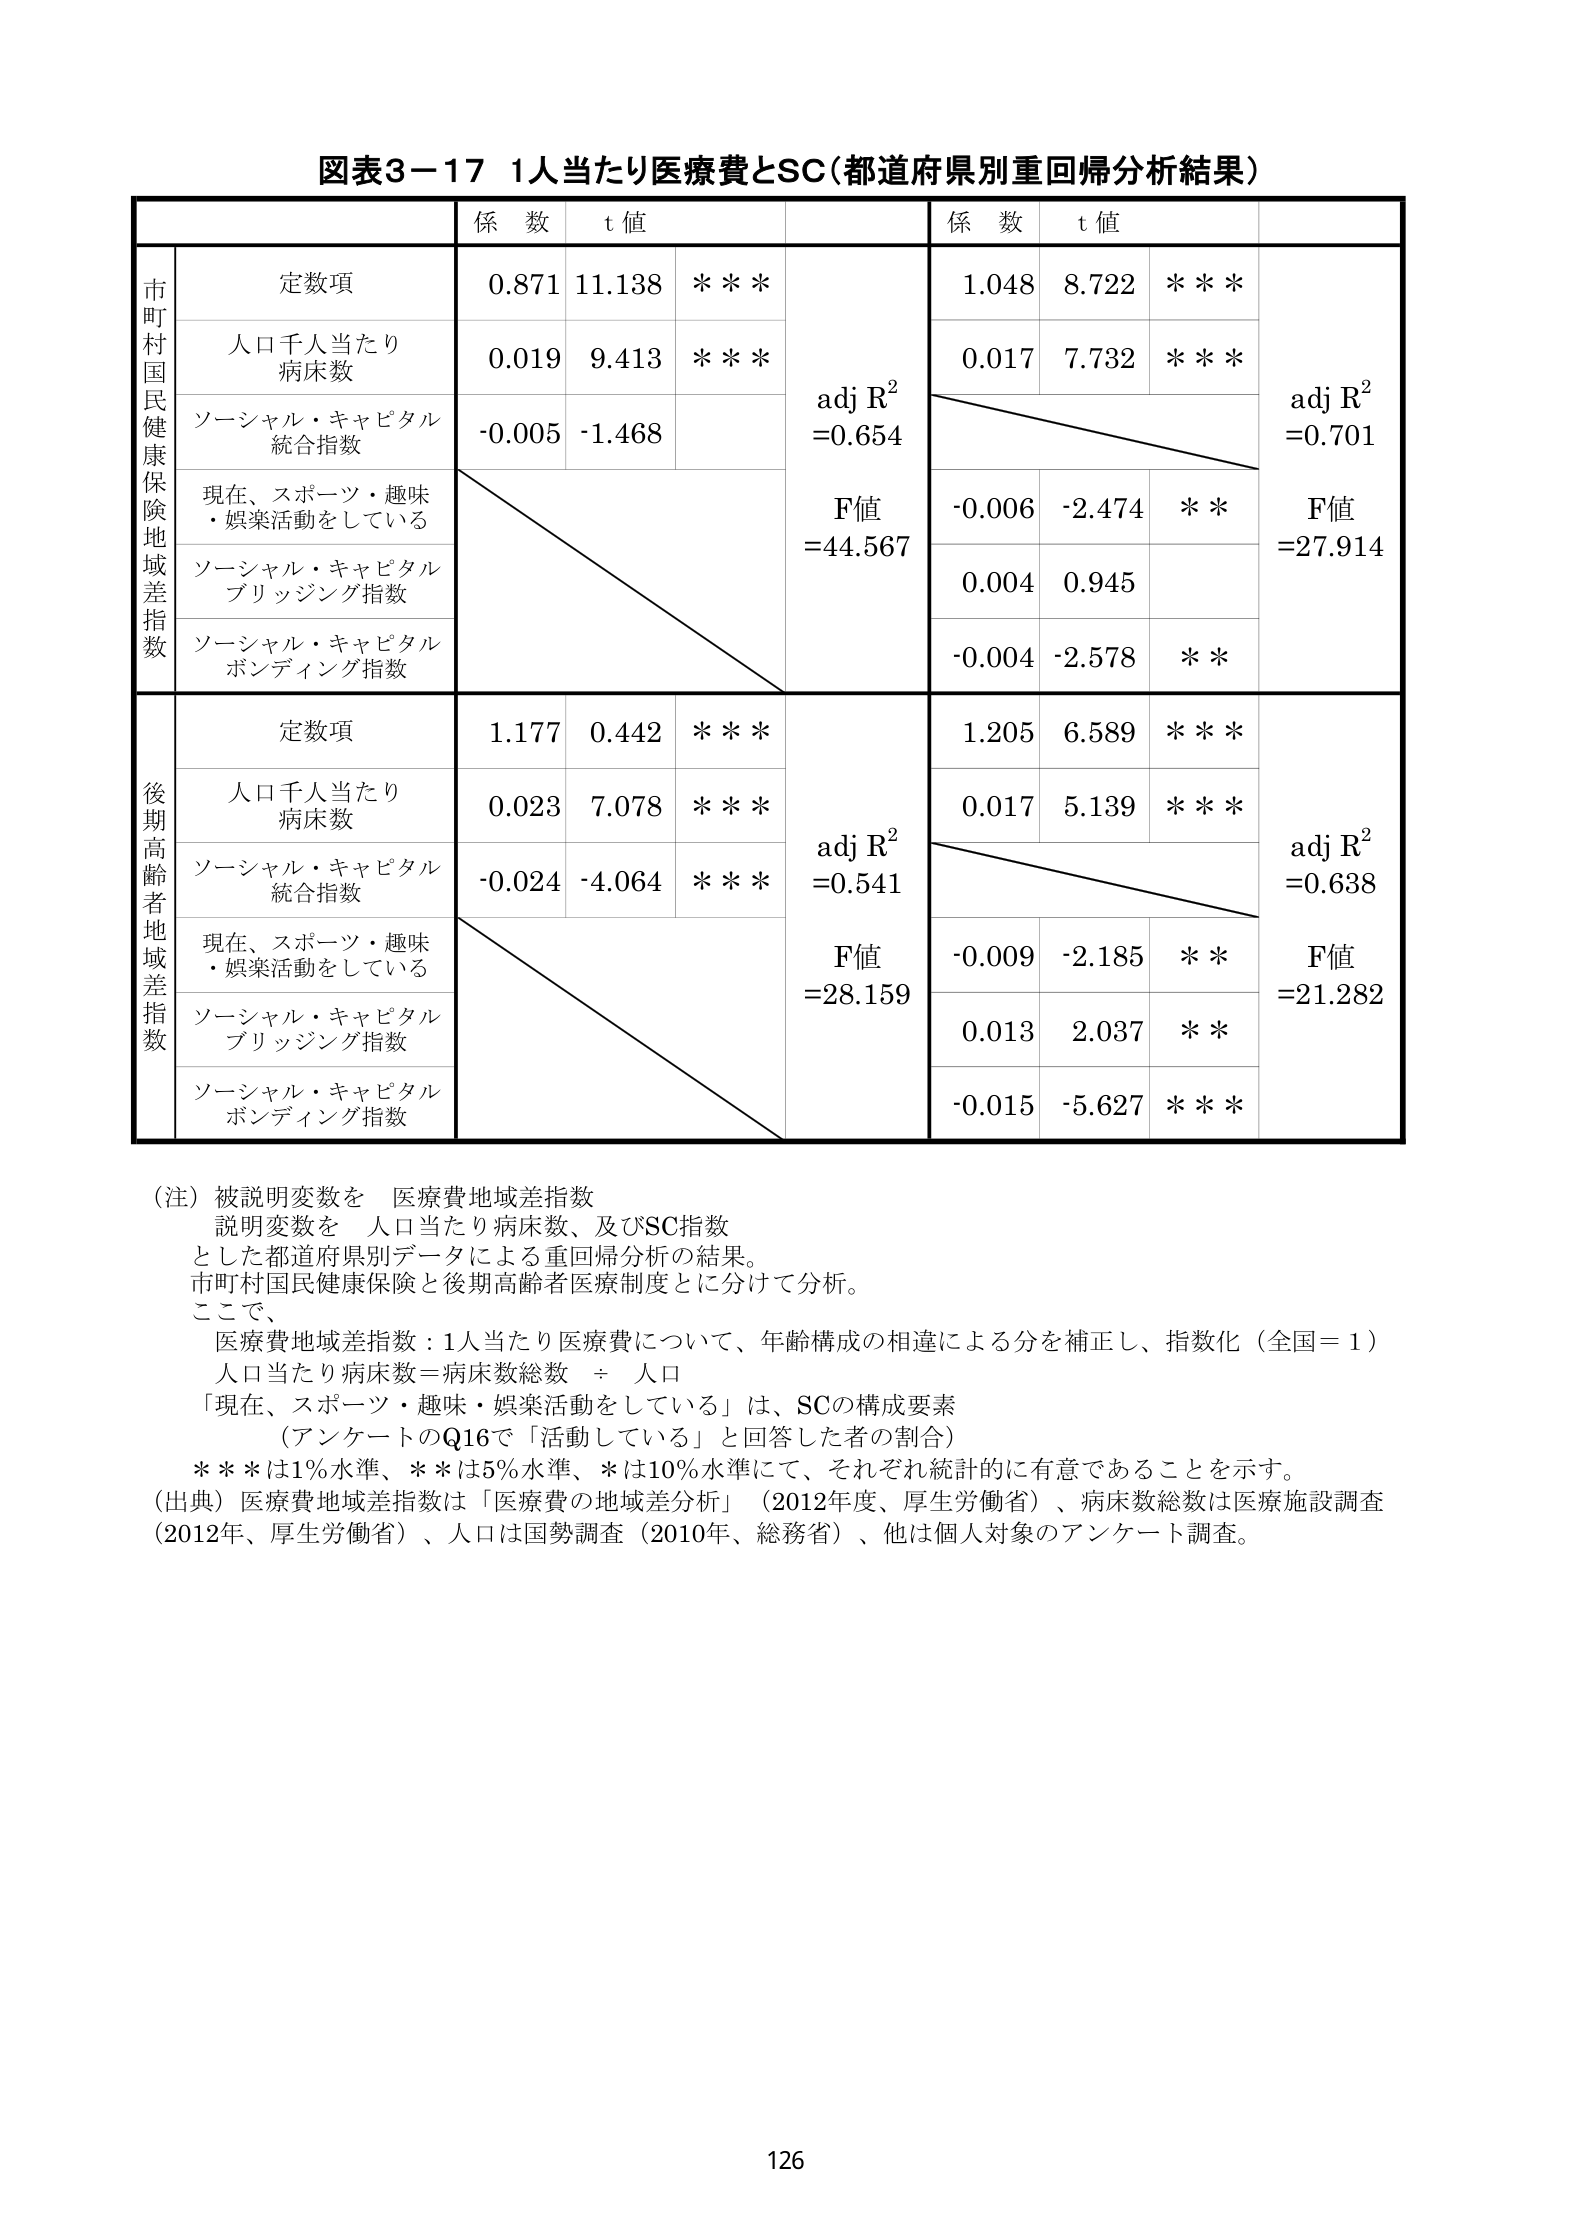
図表3－17 1人当たり医療費とSC（都道府県別重回帰分析結果）

市町村国民健康保険地域差指数
定数項
0.871 11.138 ＊＊＊
人口千人当たり病床数
0.019 9.413 ＊＊＊
ソーシャル・キャピタル統合指数
-0.005 -1.468
現在、スポーツ・趣味・娯楽活動をしている
ソーシャル・キャピタルブリッジング指数
ソーシャル・キャピタルボンディング指数
係数 t値
adj R² =0.654
F値 =44.567
係数 t値
1.048 8.722 ＊＊＊
0.017 7.732 ＊＊＊
-0.006 -2.474 ＊＊
0.004 0.945
-0.004 -2.578 ＊＊
adj R² =0.701
F値 =27.914

後期高齢者地域差指数
定数項
1.177 0.442 ＊＊＊
人口千人当たり病床数
0.023 7.078 ＊＊＊
ソーシャル・キャピタル統合指数
-0.024 -4.064 ＊＊＊
現在、スポーツ・趣味・娯楽活動をしている
ソーシャル・キャピタルブリッジング指数
ソーシャル・キャピタルボンディング指数
係数 t値
adj R² =0.541
F値 =28.159
係数 t値
1.205 6.589 ＊＊＊
0.017 5.139 ＊＊＊
-0.009 -2.185 ＊＊
0.013 2.037 ＊＊
-0.015 -5.627 ＊＊＊
adj R² =0.638
F値 =21.282

（注）被説明変数を 医療費地域差指数
説明変数を 人口当たり病床数、及びSC指数
とした都道府県別データによる重回帰分析の結果。
市町村国民健康保険と後期高齢者医療制度とに分けて分析。
ここで、
医療費地域差指数：1人当たり医療費について、年齢構成の相違による分を補正し、指数化（全国＝1）
人口当たり病床数＝病床数総数 ÷ 人口
「現在、スポーツ・趣味・娯楽活動をしている」は、SCの構成要素
（アンケートのQ16で「活動している」と回答した者の割合）
＊＊＊は1％水準、＊＊は5％水準、＊は10％水準にて、それぞれ統計的に有意であることを示す。
（出典）医療費地域差指数は「医療費の地域差分析」（2012年度、厚生労働省）、病床数総数は医療施設調査（2012年、厚生労働省）、人口は国勢調査（2010年、総務省）、他は個人対象のアンケート調査。

126